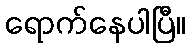
ရောက်နေပါပြီ။